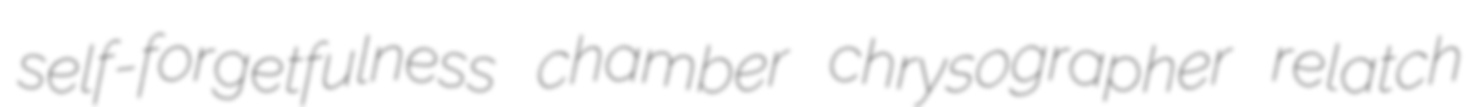
self-forgetfulness chamber chrysographer relatch